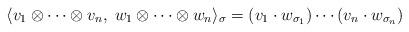
LaTeX: \begin{align*}\langle v_1\otimes\cdots\otimes v_n,\; w_1\otimes\cdots\otimes w_n \rangle_{\sigma}=(v_1\cdot w_{\sigma_1})\cdots(v_n\cdot w_{\sigma_n})\end{align*}